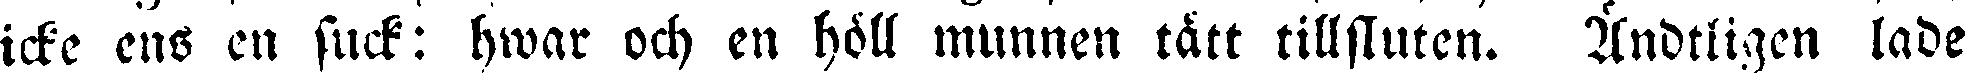
icke ens en suck: hwar och en höll munnen tätt tillsluten. Ändtligen lade